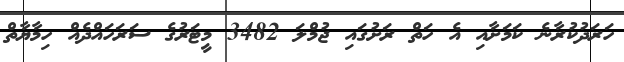
ހަރަދުކުރާނެ ކަމަށާއި އެ ހަތް ރަށުގައި ޖުމްލަ 3482 މީޓަރުގެ ސަރަހައްދެއް ހިމާޔާތް